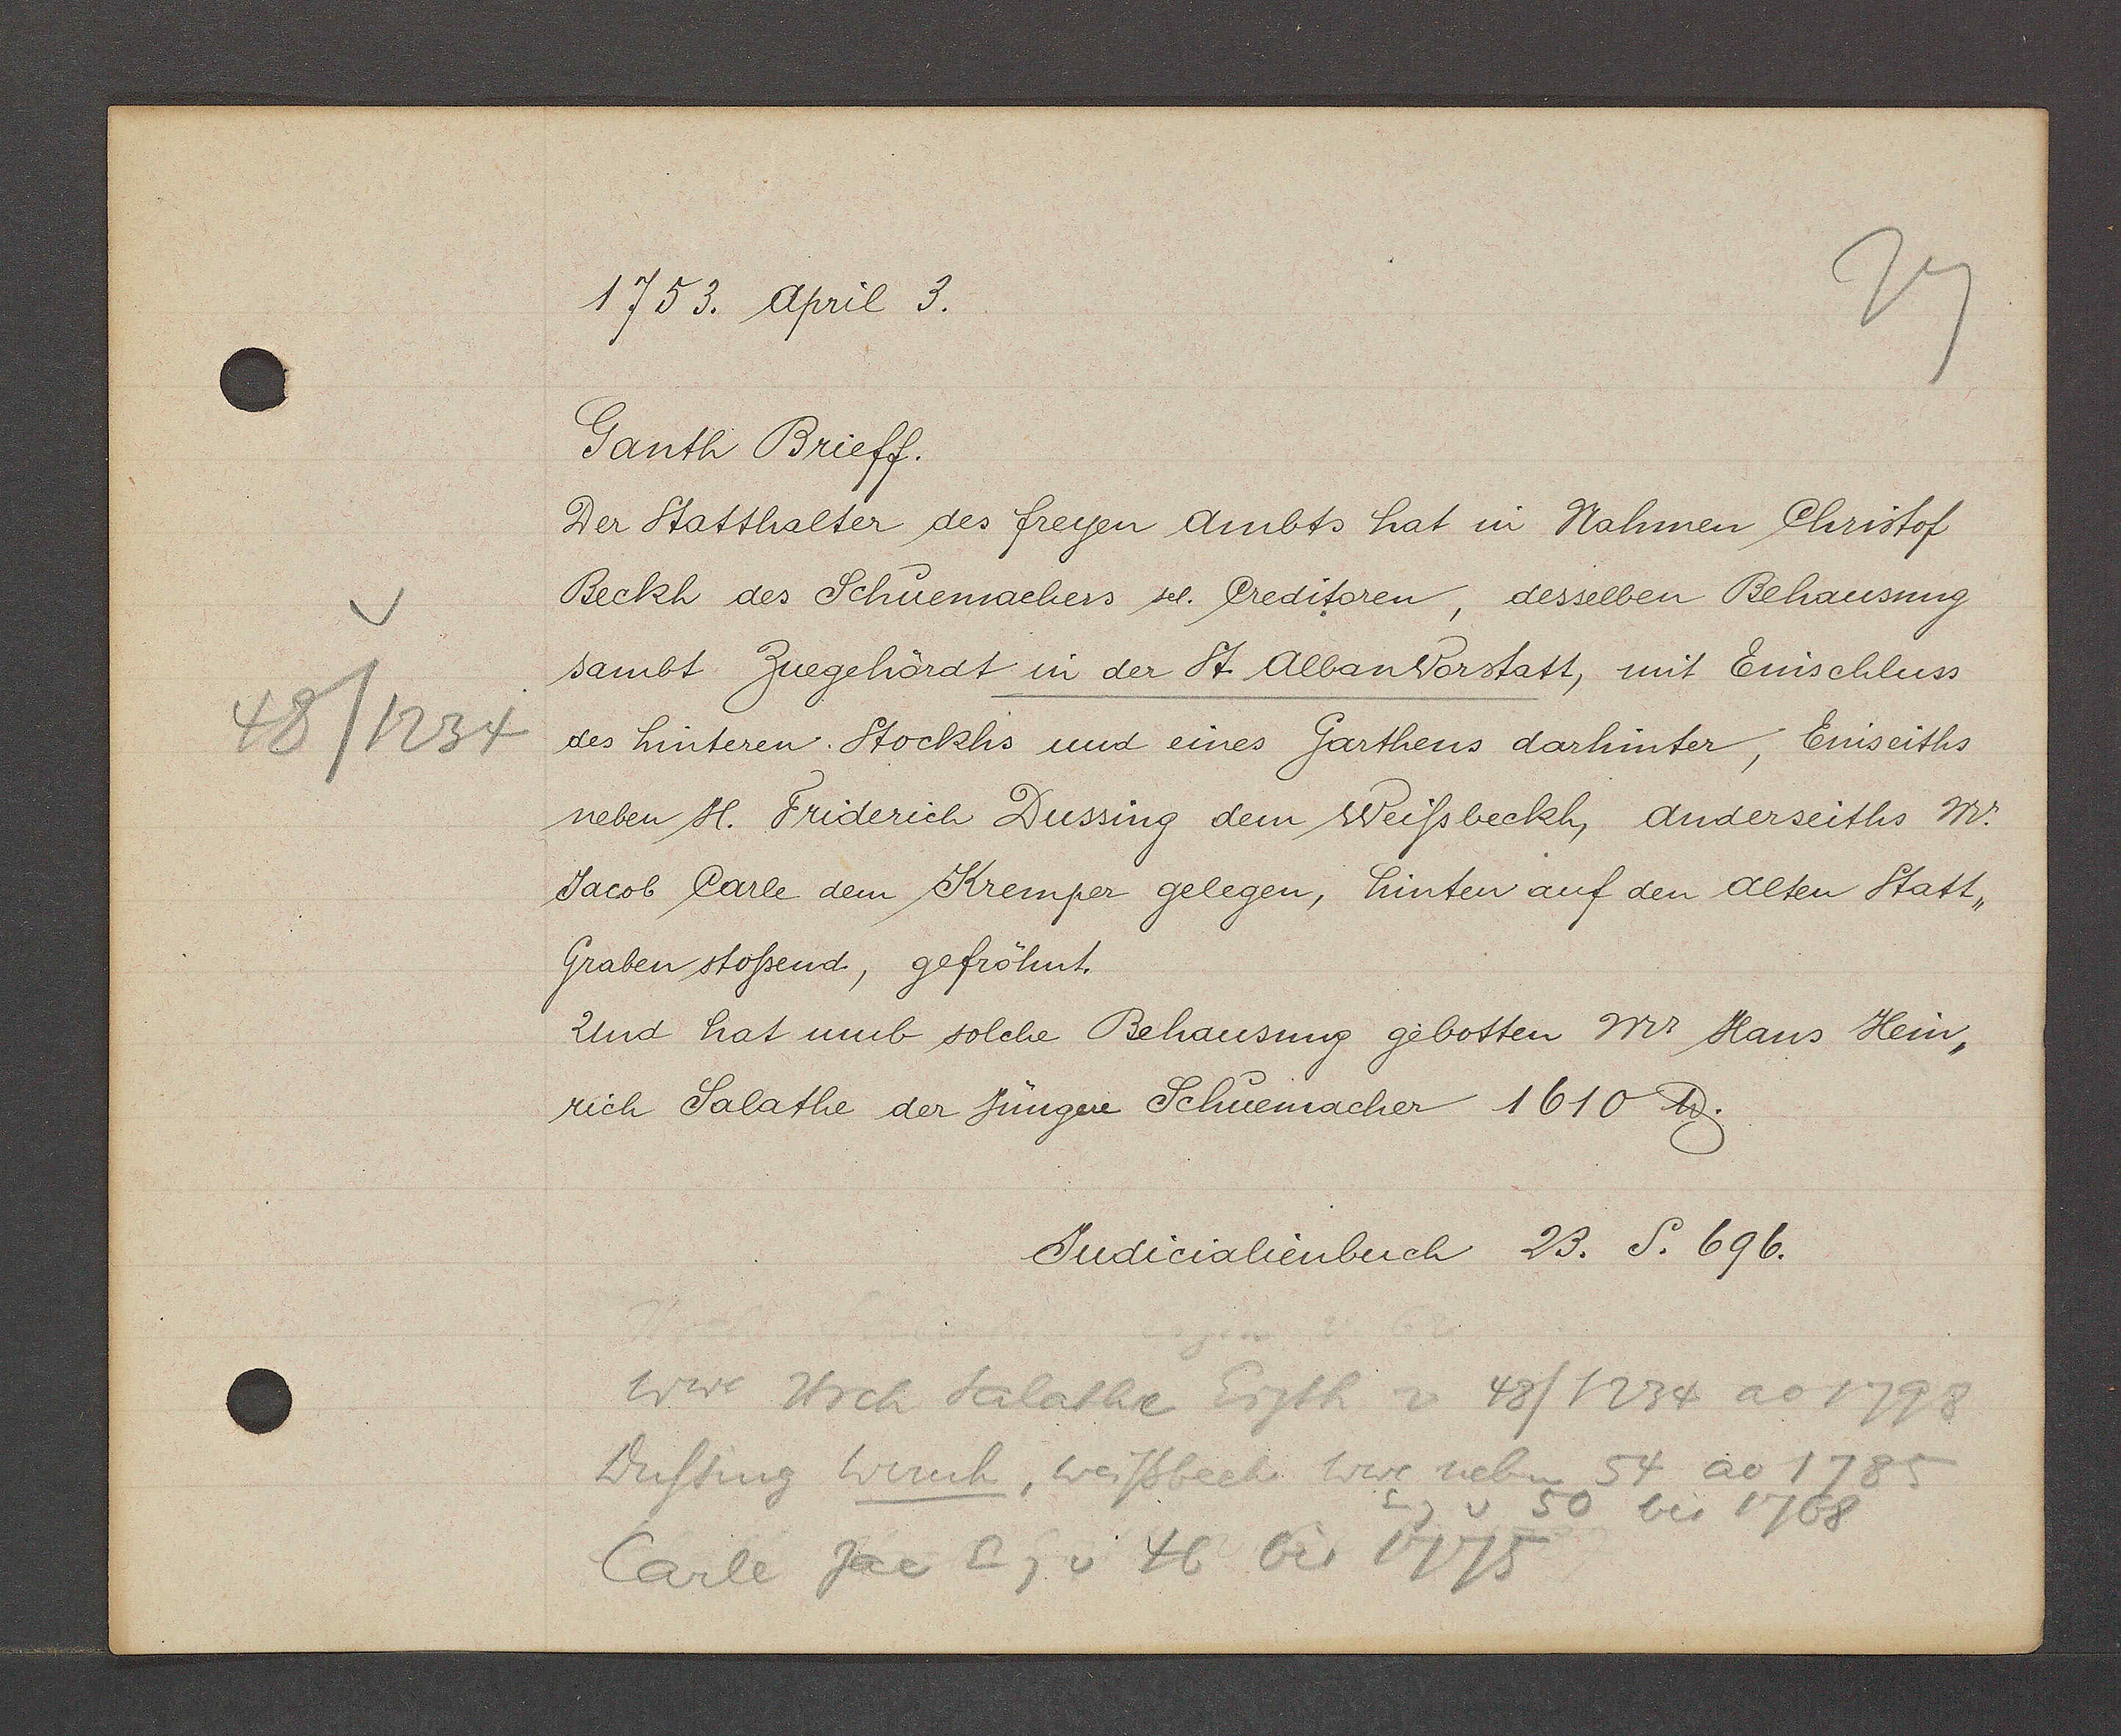
Transcript:
48/1234

1753. April 3.

Ganth Brieff.
Der Statthalter des freyen Ambts hat in Nahmen Christof
Beckh des Schuemachers sel. Creditoren, desselben Behausung
sambt Zugehördt in der St. Albanvorstatt, mit Einschluss
des hinteren Stockhs und eines Garthens darhinter, Einseiths
neben H. Friderich Dussing dem Weissbeckh, anderseiths Mr.
Jacob Carle dem Kremper gelegen, hinten auf den alten Statt¬
Graben stossend, gefröhnt.
Und hat umb solche Behausung gebotten Mr Hans Hein¬
rich Salathe der jünger Schuemacher 1610 ℔.

Judicialienbuch 23. S. 696.

Wwe Hrch Salathe Eigth v 48/1234 ao 1798
Dussing Wernh, weissbeck Wwe neben 54 ao 1785
Eig v 50 bis 1768
Carle Jac Eig v 46 bis 1775